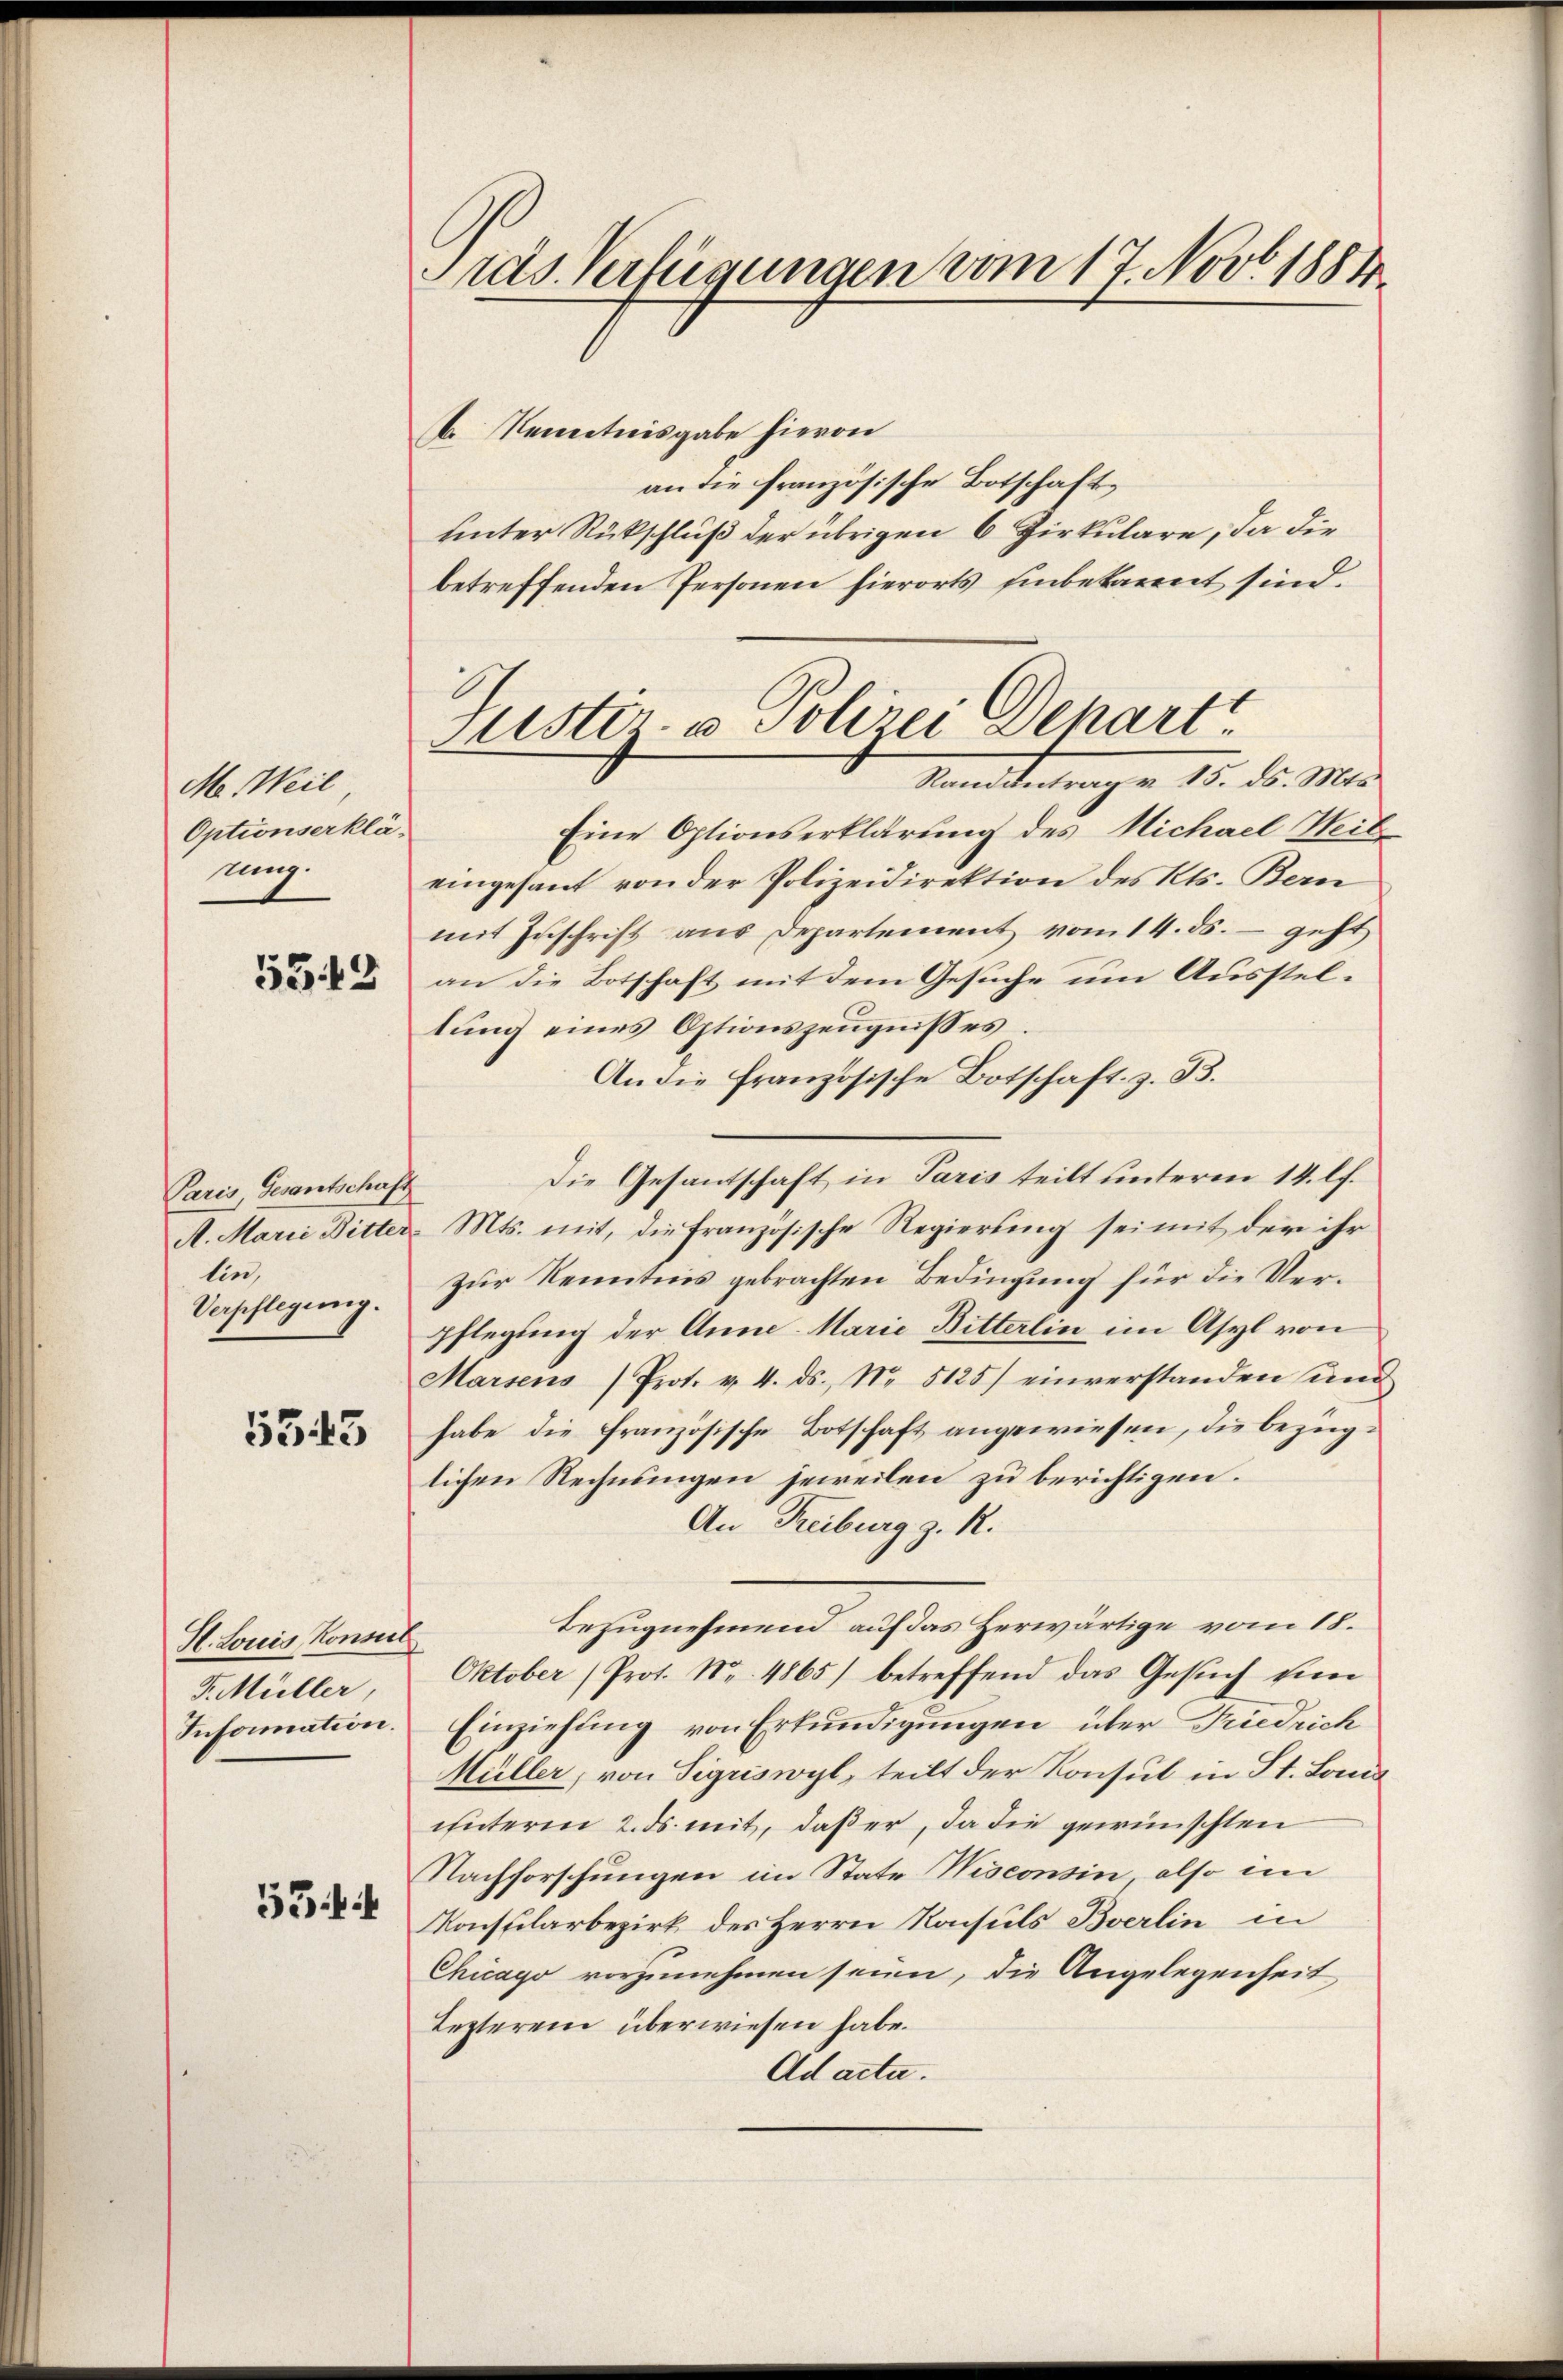
M. Weil
Optionserklä-
ung.

533

Paris, Gesantschaft
lin,
Verpflegung.

5343

H. Louis, Konseil
F. Müller,
Information.

534

Pras. Verfügungen vom 17. Novb. 1884

E
Justiz- u Polizei Depart
Randantrag v. 15. ds. Mts.

Kenntnisgabe hievon
an die französische Botschaftunter Rückschluß der übrigen 6 Zirkulare, da die
betreffenden Personen hierorts hinbekannt sind.
Eine Optionserklärung des Michael Heit
eingesant von der Polizeidirektion des Kts. Bern
mit Zuschrift aus Departement vom 14. ds. – geht
an die Botschaft mit dem Gesuche um Aussteltung eines Optionszeugnisses.
An die französische Botschaft z. B.
Die Gesantschaft in Paris teilt unterm 14. lf.
A. Marie Bitter. Mts. mit, die französische Regierŭng sei mit der ihr
Zur Kenntnis gebrachten Bedingung für die Verpflegung der Anna Marie Bitterlin im Asyl von
Marsens Prot. v. 4. ds. No 5125) einverstanden und
habe die französische Botschaft angewiesen, die bezüglichen Rechnungen jeweilen zu berichtigen.
An Freiburg z. R.
Bezugnehmend auf das Herwärtige vom 18.
Oktober (Prot. Nr. 4865) betreffend das Gesŭch ein
Einziehung von Erkundigungen über Friedrich
Müller, von Sigriswyl, teilt der Konsul in St. Land
unterm 2. ds mit, daß er, da die gewünschten
Nachforschungen im State Wisconsin also im
Konsularbezirk des Herrn Konsuls Bverlin in
Chicago vorzunehmen seien, die Angelegenheit
Lezterem überwiesen habe.
Ad acta.